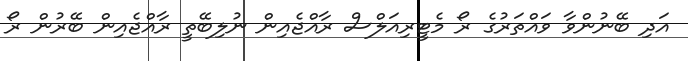
އަދި ބޭނުންވާ ވައްތަރުގެ ރޯ މެޓީރިއަލްސް ރާއްޖެއިން ނުލިބޭތީ ރާއްޖެއިން ބޭރުން ރޯ